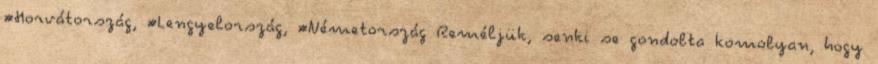
#Horvátország, #Lengyelország, #Németország Reméljük, senki se gondolta komolyan, hogy